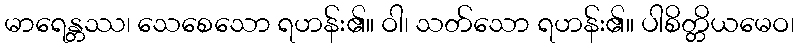
မာရေန္တဿ၊ သေစေသော ရဟန်း၏။ ဝါ၊ သတ်သော ရဟန်း၏။ ပါစိတ္တိယမေဝ၊